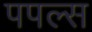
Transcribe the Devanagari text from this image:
पपल्स